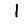
Digit: 1